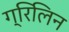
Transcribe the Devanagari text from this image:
ग्रिलिन